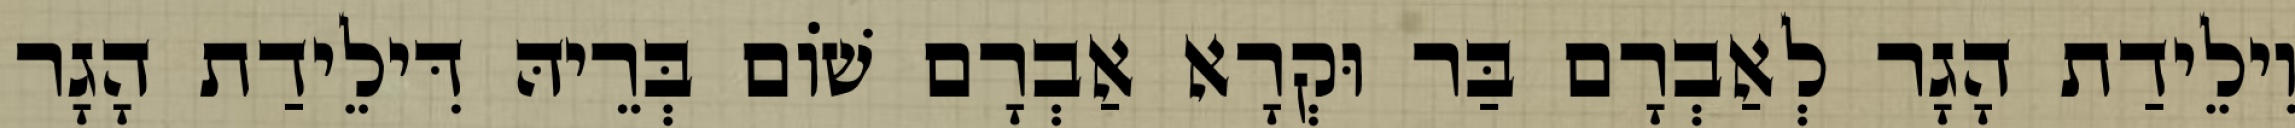
וִילֵידַת הָגָר לְאַבְרָם בַּר וּקְרָא אַבְרָם שׁוֹם בְּרֵיהּ דִּילֵידַת הָגָר